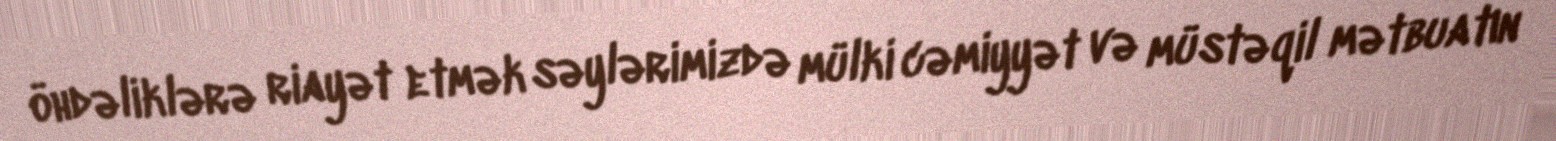
öhdəliklərə riayət etmək səylərimizdə mülki cəmiyyət və müstəqil mətbuatın